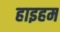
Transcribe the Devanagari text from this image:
हाइहम